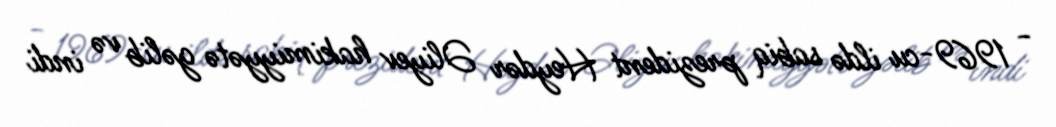
- 1969-cu ildə sabiq prezident Heydər Əliyev hakimiyyətə gəlib və indi